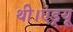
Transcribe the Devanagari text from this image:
थी।एंड्रयू